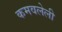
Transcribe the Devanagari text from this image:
कमवलेली